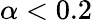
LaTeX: \alpha<0.2